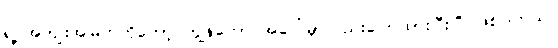
ရဲ့ အကျိုးအမြတ်ကိုတော့ ကျွန်တော် အပေါ်မှာလည်းပြောထားပြီးပြီ ဖြစ်ပါတယ်။